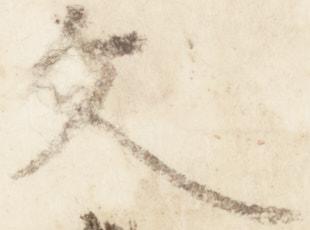
文